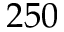
2 5 0